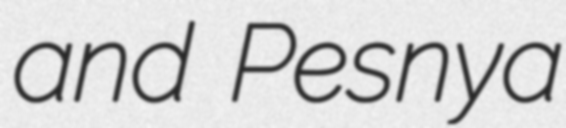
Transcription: and Pesnya